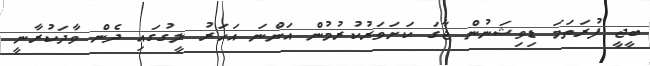
ބީޖީ ފުރަތަމަ ޑިވިޝަނުން ޖާގަ ކަށަވަރުކުރުމުން އަންނަ އަހަރު ލީގުގައި ދެން ވާދަކުރާނީ